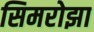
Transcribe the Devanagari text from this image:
सिमरोझा